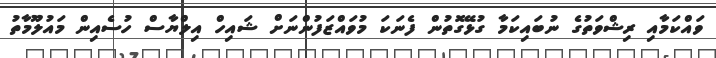
ވައްކަމާއި ރިޝްވަތުގެ ނުބައިކަމާ ގުޅޭގޮތުން ފެނަކަ މުވައްޒަފުންނަށް ޝައިހް އިލްޔާސް ހުސެއިން މައުލޫމާތު